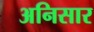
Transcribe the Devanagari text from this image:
अनिसार